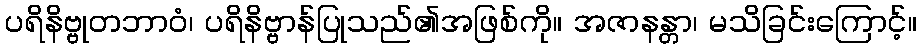
ပရိနိဗ္ဗုတဘာဝံ၊ ပရိနိဗ္ဗာန်ပြုသည်၏အဖြစ်ကို။ အဇာနန္တာ၊ မသိခြင်းကြောင့်။